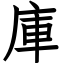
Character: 庫